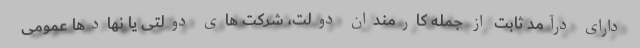
دارای درآمد ثابت از جمله کارمندان دولت، شرکت های دولتی یا نهادها عمومی